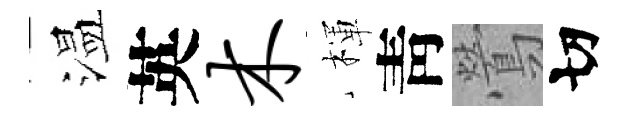
温英木楎靑鶯切